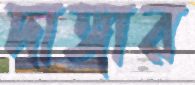
দাঙ্গার